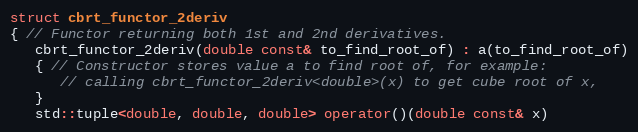
Language: C++
struct cbrt_functor_2deriv
{ // Functor returning both 1st and 2nd derivatives.
   cbrt_functor_2deriv(double const& to_find_root_of) : a(to_find_root_of)
   { // Constructor stores value a to find root of, for example:
      // calling cbrt_functor_2deriv<double>(x) to get cube root of x,
   }
   std::tuple<double, double, double> operator()(double const& x)